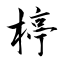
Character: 楟